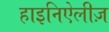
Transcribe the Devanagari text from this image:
हाइनिऐलीज़